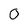
Character: 0